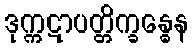
ဒုက္ကဋာပတ္တိက္ခန္ဓေန